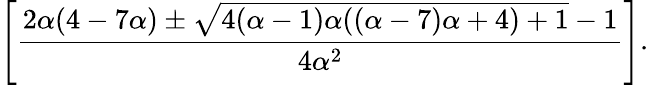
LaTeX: \Bigg[\frac{2\alpha(4-7\alpha)\pm\sqrt{4(\alpha-1)\alpha((\alpha-7)\alpha+4)+1}-1}{4\alpha^{2}}\Bigg].